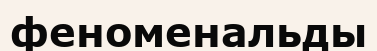
феноменальды